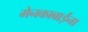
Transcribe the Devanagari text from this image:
मेनकाबाईंना